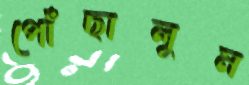
পোঁছালুম